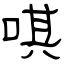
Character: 唭